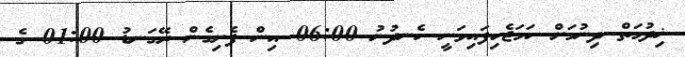
ޚިދުމަތް ދިނުމަށް ހަމަޖެހިފައިވަނީ ހެނދުނު 06:00 އިން ފެށިގެން ރޭގަނޑު 01:00 ގެ